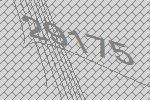
29175